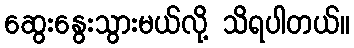
ဆွေးနွေးသွားမယ်လို့ သိရပါတယ်။